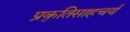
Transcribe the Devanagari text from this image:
प्रकृतिसाहचर्य